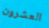
العشرون